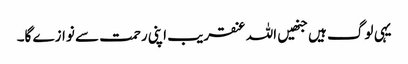
یہی لوگ ہیں جنھیں اللہ عنقریب اپنی رحمت سے نوازے گا۔